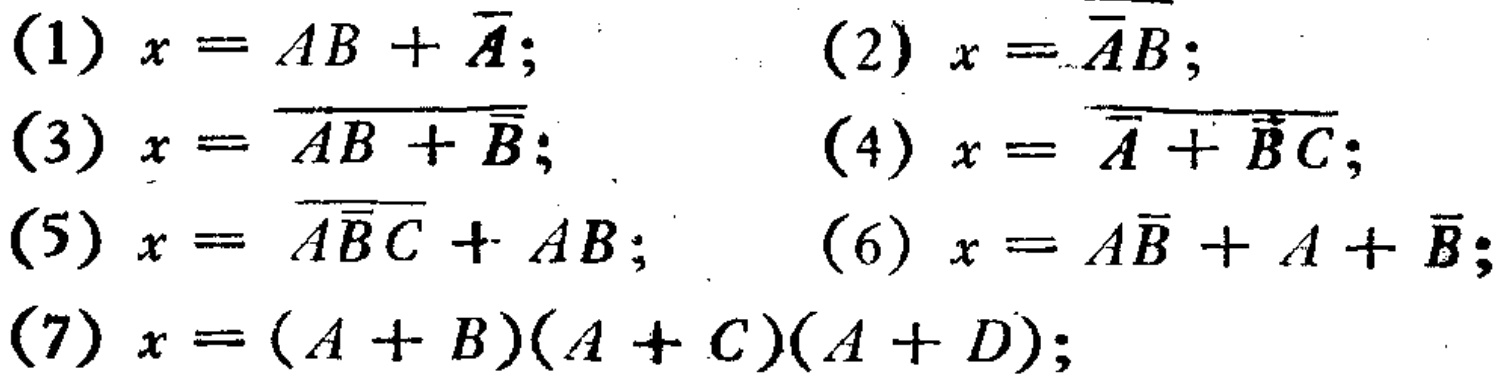
(1) \(x = AB+\overline{A}\); (2) \(x=\overline{\overline{A}B}\);
(3) \(x = \overline{AB+\overline{B}}\); (4) \(x=\overline{\overline{A}+\overline{B}C}\);
(5) \(x=\overline{A\overline{B}C}+AB\); (6) \(x = A\overline{B}+A+\overline{B}\);
(7) \(x=(A + B)(A + C)(A + D)\);